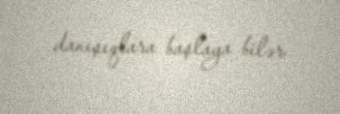
danışıqlara başlaya bilər.